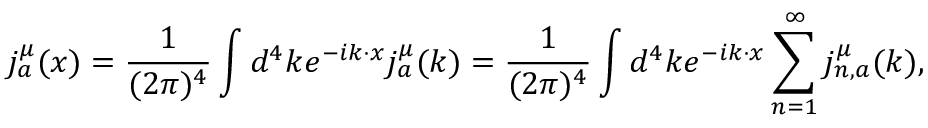
j _ { a } ^ { \mu } ( x ) = { \frac { 1 } { ( 2 \pi ) ^ { 4 } } } \int d ^ { 4 } k e ^ { - i k \cdot x } j _ { a } ^ { \mu } ( k ) = { \frac { 1 } { ( 2 \pi ) ^ { 4 } } } \int d ^ { 4 } k e ^ { - i k \cdot x } \sum _ { n = 1 } ^ { \infty } j _ { n , a } ^ { \mu } ( k ) ,